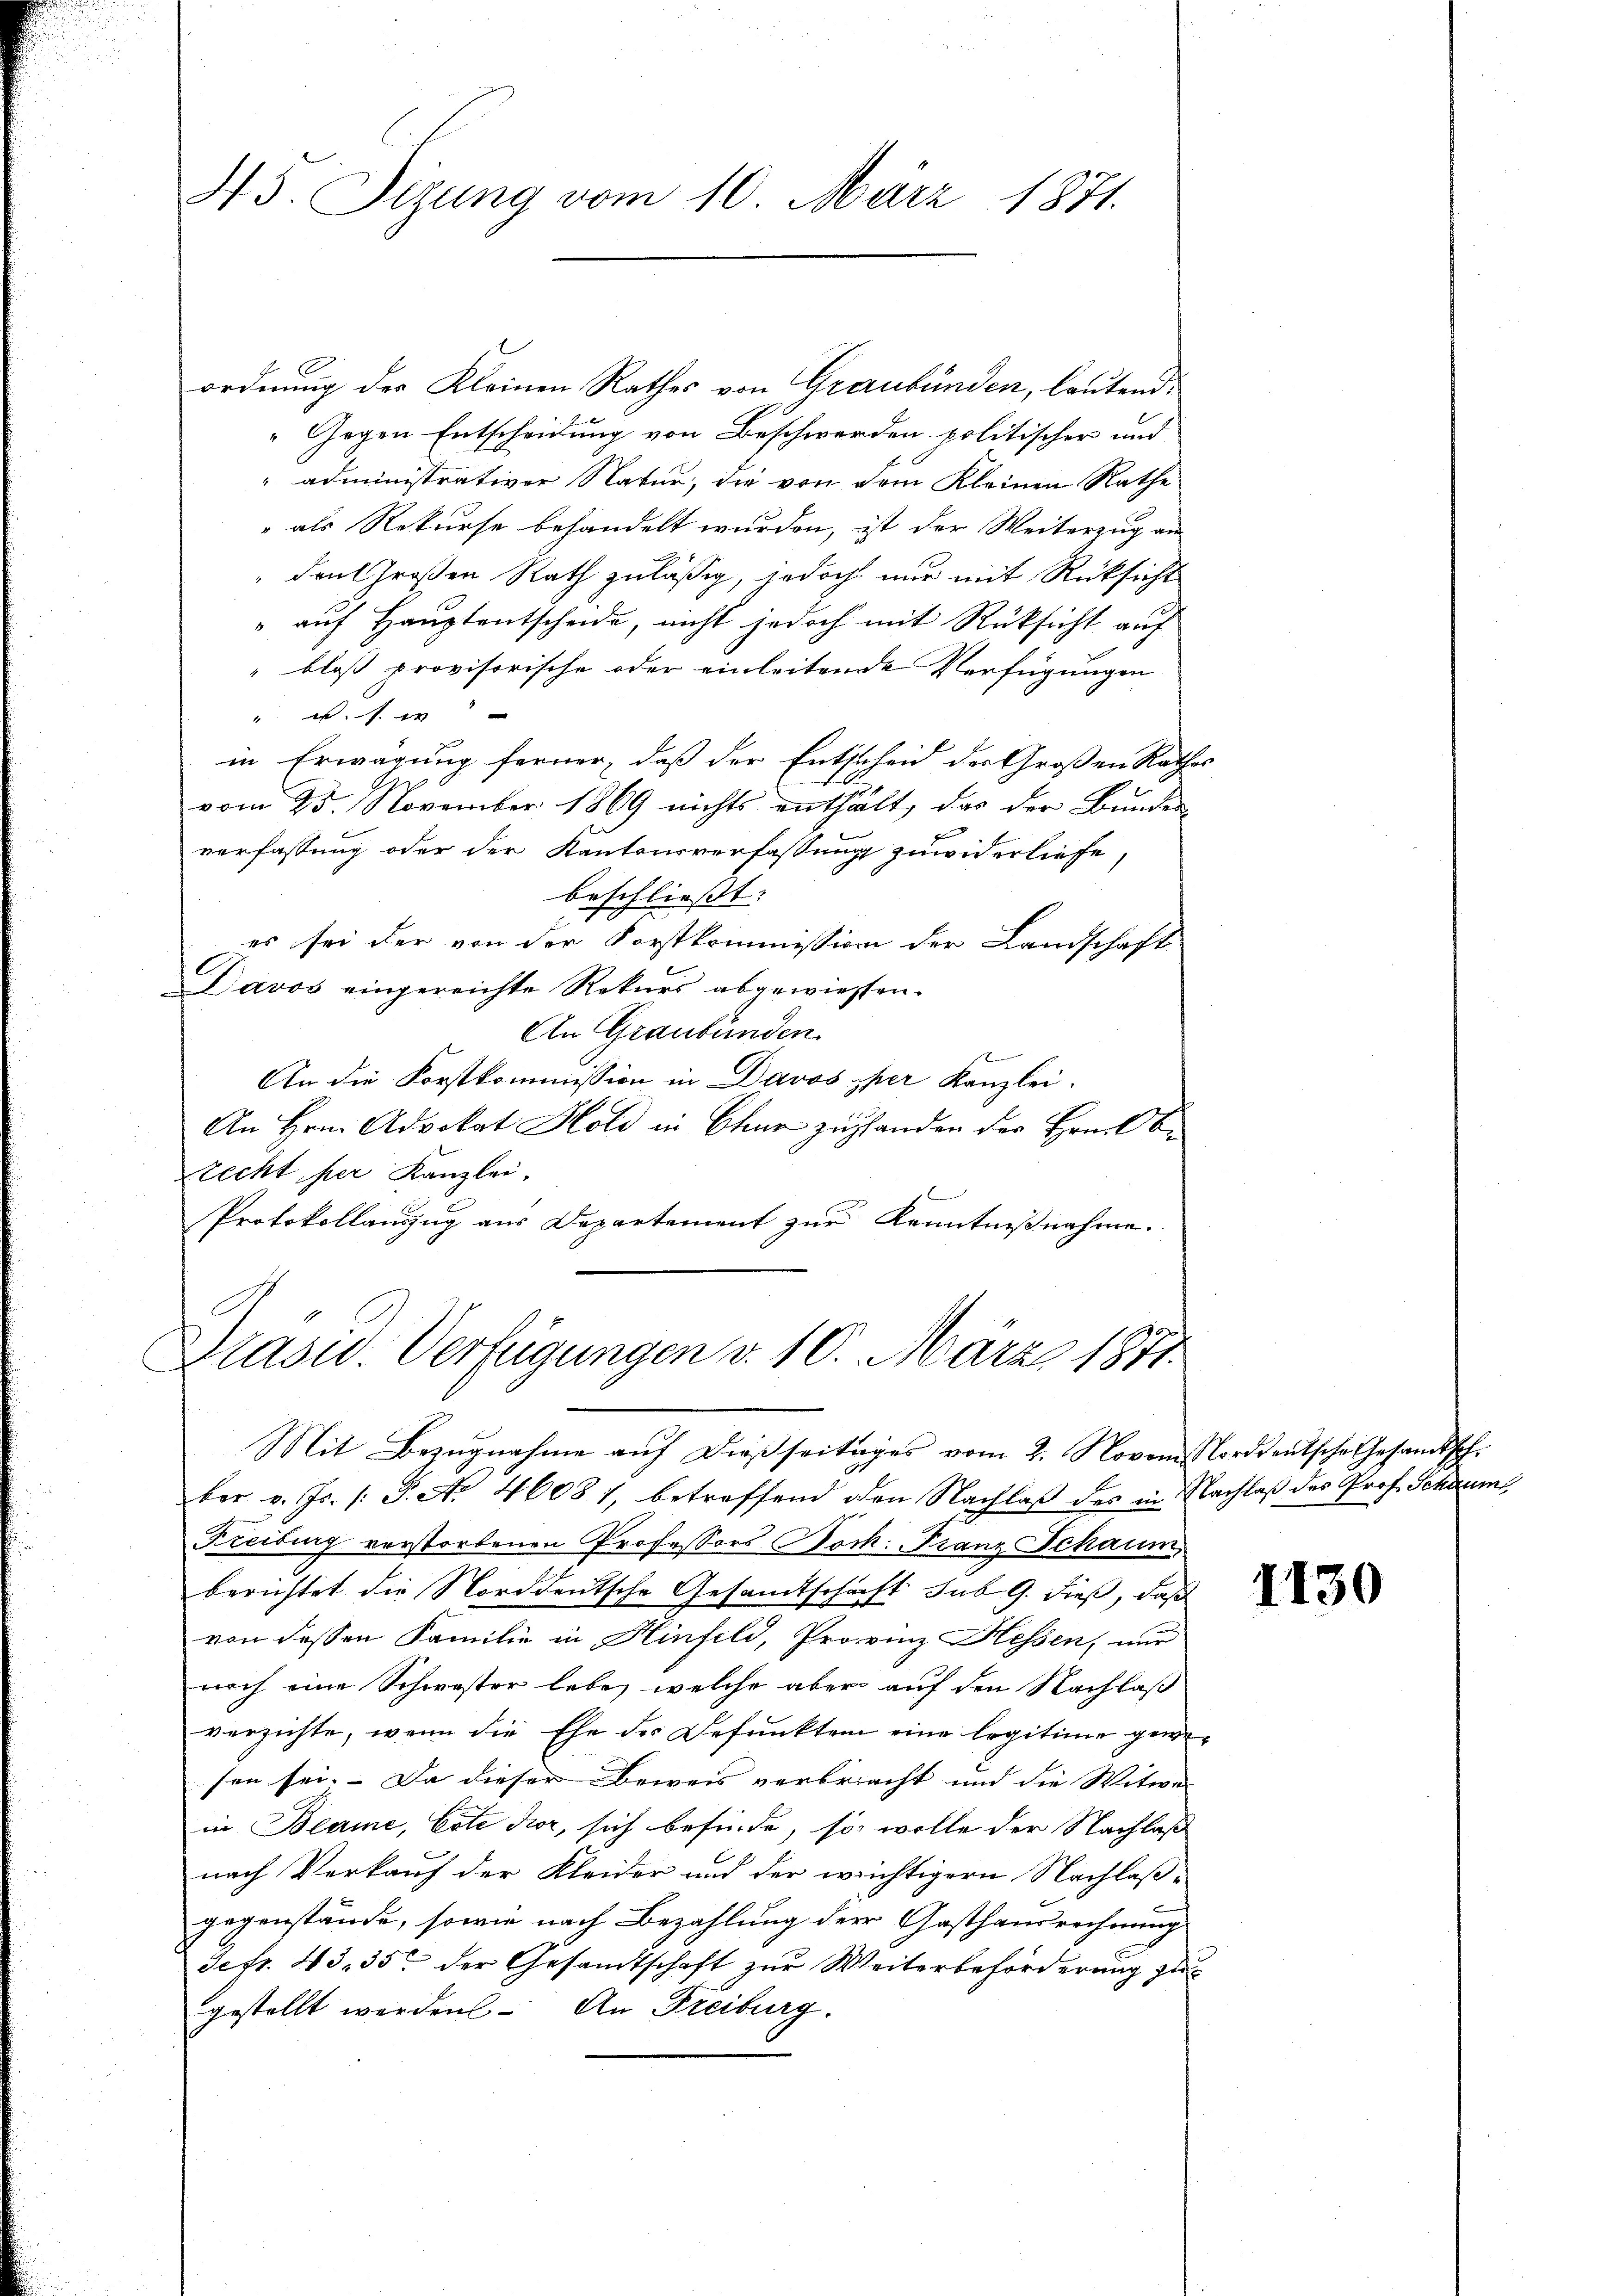
43. Sizung vom 10. März 1871.

ordnung des Kleinen Rathes von Graubünden, lautend
"Gegen Entscheidung von Beschwerden politischer und
" administrativer Natur, die von dem Kleinen Rathe
" als Rekurse behandelt wurden, ist der Weiterzug an
den Großen Rath zuläßig, jedoch nur mit Rücksicht
" auf Hauptentscheide, nicht jedoch mit Rüksicht auf
" bloß provisorische oder einleitende Verfügungen
"
in Erwägung ferner, daß der Entscheid der Großen Rathe
u
.
vom 25. November 1869 nichts enthält, das der Bunder
verfassung oder der Kantonsverfassung zuwiderliefe,
beschließt:
es sei der von der Forstkommission der Landschaft
Davos eingereichte Rekurs abgewiessen.
An Graubünden.
E. Be
An die Forstkommission in Davos per Kanzlei.
An Hrn. Advokat Hold in Chur zustanden der Hrn. Obe
recht her Kanzlei.
Protokollanzug aus Departement zur Kenntnißnahme.

Präsid.. Verfügungen d. 10. März 1871

Mit Bezugnahme aŭf dießseitiges vom 2. Novom Norddeutsche Gesandtsch.
der v. Js. /: P. Nr. 46081, betreffend den Nachlaβ des in Nachlaß des Prof. Schaumt,
Freiburg verstorbenen Professors Hoch: Franz Schaum
berichtet die Norddeutsche Gesandtschaft sub 9. dieß, daß
von dessen Familie in Hinfeld, Provinz Hessen, nur
noch eine Schwester lebe, welche aber auf den Nachlaß
verzichte, wenn die Ehe des Befunkten eine Ergitime gewe-
sen sei. Da dieser Beweis verbracht und die Witwe |
in Beame, Cote dir, sich befinde, so wolle der Nachlaß
nach Verkauf der Kleider und der wichtigern Nachlaßgegenstände, sowie nach Bezahlung der Gasthausrechnung
Sefr. 43, 35 der Gesandtschaft zur Weiterbeförderung zu
gestellt werden. An Freiburg.

1130